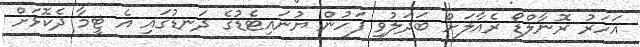
އަހަރު ރޮނާލްޑޯ ރެއާލަށް ބަދަލުވި ފަހުން ޔުނައިޓެޑުގެ ދަނޑުގައި އެ ޓީމާ ދެކޮޅަށް